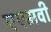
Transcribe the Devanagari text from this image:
एएमवी